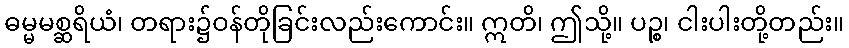
ဓမ္မမစ္ဆရိယံ၊ တရား၌ဝန်တိုခြင်းလည်းကောင်း။ ဣတိ၊ ဤသို့။ ပဉ္စ၊ ငါးပါးတို့တည်း။